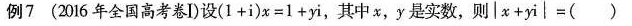
例7(2016年全国高考卷I)设$$( 1 + i ) x = 1 + y i$$，其中x，y是实数，则$$| x + y i │ = ( )$$